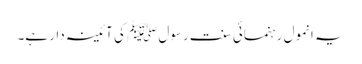
یہ انمول رہنمائی سنت رسول ﷺ کی آئینہ دار ہے۔